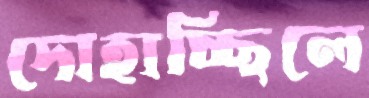
দোহাচ্ছিলে